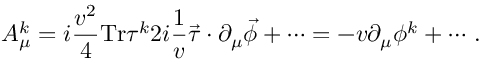
A _ { \mu } ^ { k } = i { \frac { v ^ { 2 } } { 4 } } \mathrm { T r } \tau ^ { k } 2 i { \frac { 1 } { v } } \vec { \tau } \cdot \partial _ { \mu } \vec { \phi } + \cdots = - v \partial _ { \mu } \phi ^ { k } + \cdots \, .